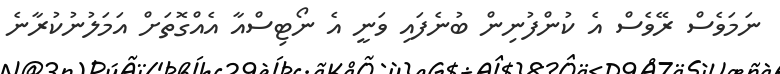
ނަމަވެސް ރޭވެސް އެ ކުންފުނިން ބުނެފައި ވަނީ އެ ނޯޓިސްއާ އެއްގޮތަށް އަމަލުނުކުރާނެ